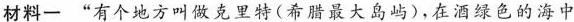
材料-”有个地方叫做克里特(希腊最大岛屿)，在酒绿色的海中